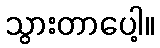
သွားတာပေါ့။